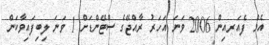
އެމް ފެއަރއިން 2006 ވަނަ އަހަރު ރާއްޖޭގެ ސްޓޭންޑަށް 1 ވަނަ ލިބިފައިވާކަން